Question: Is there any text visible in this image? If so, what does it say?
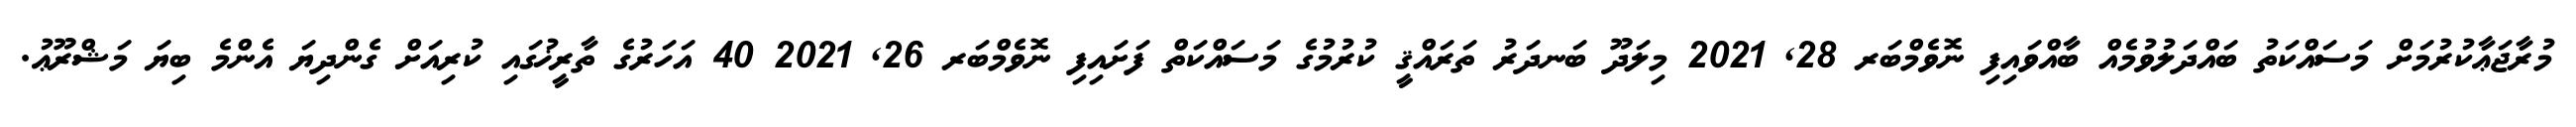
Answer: މުރާޖަޢާކުރުމަށް މަސައްކަތު ބައްދަލުވުމެއް ބާއްވައިފި ނޮވެމްބަރ 28, 2021 މިލަދޫ ބަނދަރު ތަރައްޤީ ކުރުމުގެ މަސައްކަތް ފަށައިފި ނޮވެމްބަރ 26, 2021 40 އަހަރުގެ ތާރީޚުގައި ކުރިއަށް ގެންދިޔަ އެންމެ ބިޔަ މަޝްރޫޢު.